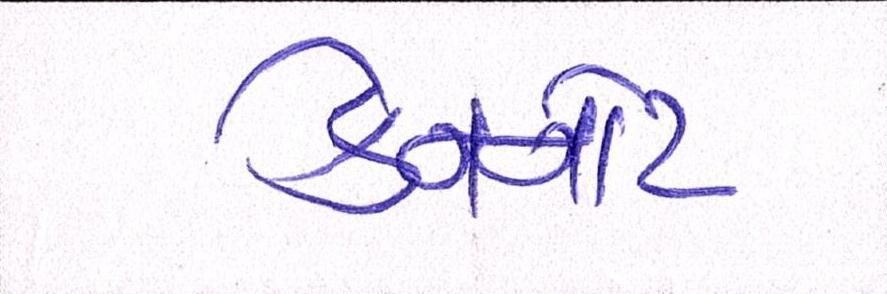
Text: કેનનોટ